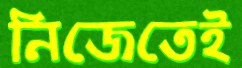
নিজেতেই